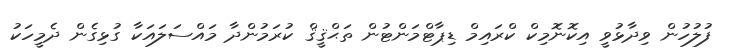
ފުލުހުން ވިދާޅުވީ އިކޮނޮމިކް ކްރައިމް ޑިޕާޓްމަންޓުން ތަޙްޤީޤް ކުރަމުންދާ މައްސަލައަކާ ގުޅިގެން ދެމީހަކު